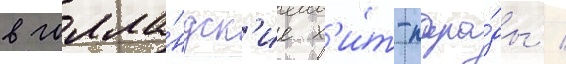
в голла́ндск'ие х'и́т-пара́ды /